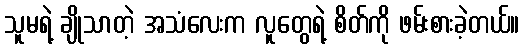
သူမရဲ့ ချိုသာတဲ့ အသံလေးက လူတွေရဲ့ စိတ်ကို ဖမ်းစားခဲ့တယ်။